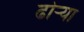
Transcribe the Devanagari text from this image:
ढोऱ्या